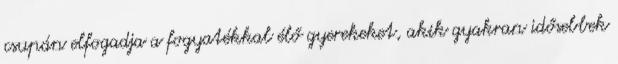
csupán elfogadja a fogyatékkal élő gyerekeket, akik gyakran idősebbek